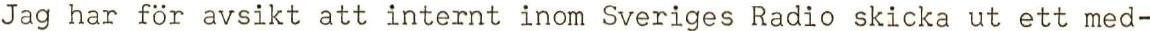
Jag har för avsikt att internt inom Sveriges Radio skicka ut ett med-